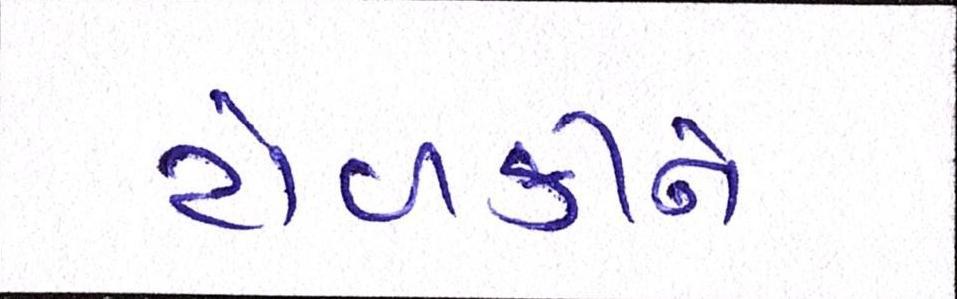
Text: ટોળકીને